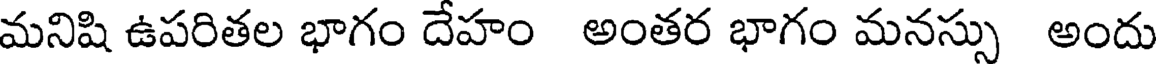
మనిషి ఉపరితల భాగం దేహం అంతర భాగం మనస్సు అందు